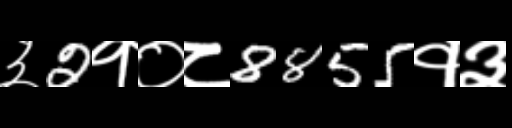
Text: ३2१०८8855१३